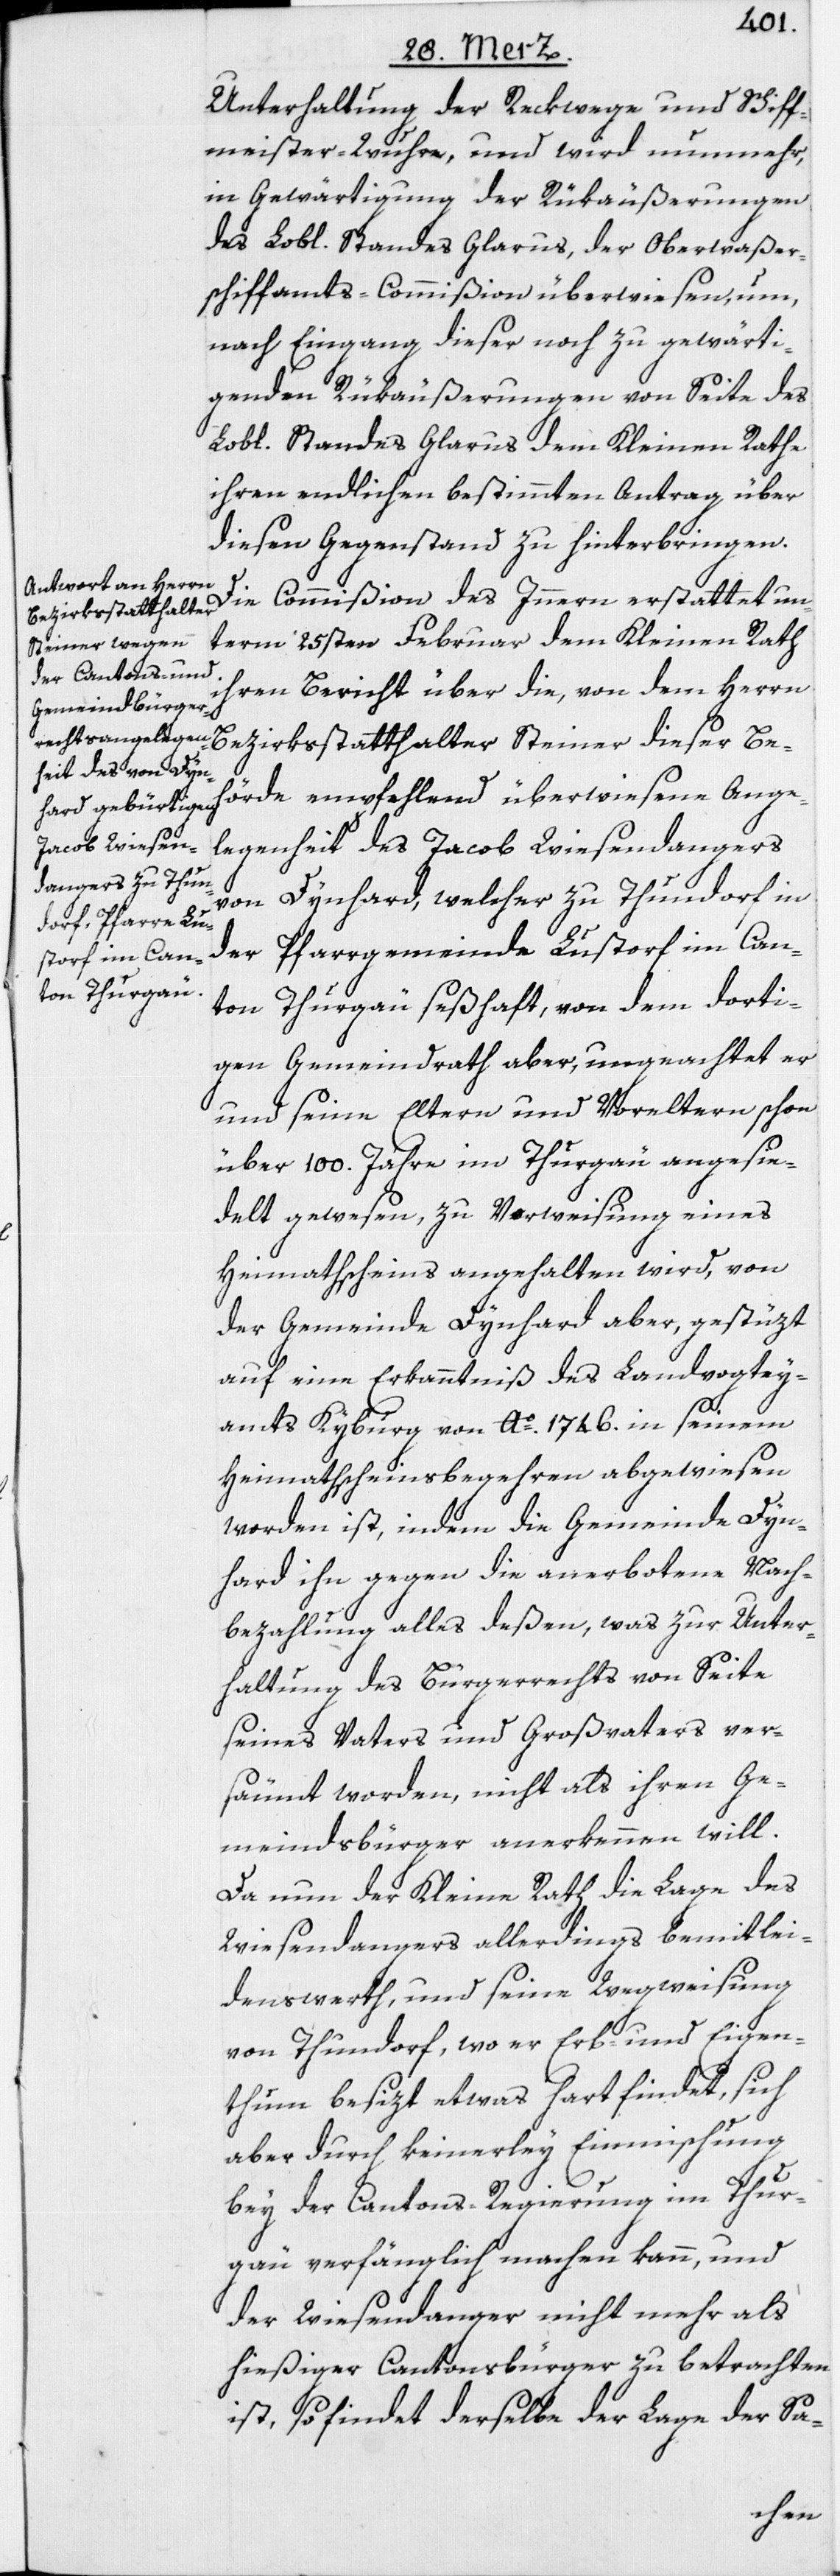
Unterhaltung der Reckwege und Schiff¬
meister-Wuhre, und wird nunmehr,
in Gewärtigung der Rükäußerungen
des Lobl. Standes Glarus, der Oberwaßer¬
schiffamts-Commißion überwiesen, um
nach Eingang dieser noch zu gewärti¬
genden Rükäußerungen von Seite des
Lobl. Standes Glarus dem Kleinen Rathe
ihren endlichen bestimmten Antrag über
diesen Gegenstand zu hinterbringen.
Die Commißion des Innern erstattet un¬
term 25sten Februar dem Kleinen Rath
ihren Bericht über die, von dem Herrn
Bezirksstatthalter Steiner dieser Be¬
hörde empfehlend überwiesene Ange¬
legenheit des Jacob Wiesendangers
von Dynhard, welcher zu Thundorf in
der Pfarrgemeinde Lustorf im Can¬
ton Thurgau seßhaft, von dem dorti¬
gen Gemeindrath aber, ungeachtet er
und seine Eltern und Voreltern schon
über 100. Jahre im Thurgau angesie¬
delt gewesen, zu Vorweisung eines
Heimathscheins angehalten wird, von
der Gemeinde Dynhard aber, gestüzt
auf eine Erkanntniß des Landvogtey¬
amts Kyburg von Ao. 1746. in seinem
Heimathscheinsbegehren abgewiesen
worden ist, indem die Gemeinde Dyn¬
hard ihn gegen die anerbotene Nach¬
bezahlung alles deßen, was zur Unter¬
haltung des Bürgerrechts von Seite
seines Vaters und Großvaters ver¬
säumt worden, nicht als ihren Ge¬
meindsbürger anerkennen will.
Da nun der Kleine Rath die Lage des
Wiesendangers allerdings bemitlei¬
denswerth, und seine Wegweisung
von Thundorf, wo er Erb- und Eigen¬
thum besizt etwas hart findet, sich
aber durch keinerley Einmischung
bey der Cantons-Regierung im Thur¬
gau verfänglich machen kann, und
der Wiesendanger nicht mehr als
hießiger Cantonsbürger zu betrachten
ist, so findet derselbe der Lage der Sa-